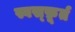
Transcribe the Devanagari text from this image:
स्वस्फ़ूर्त